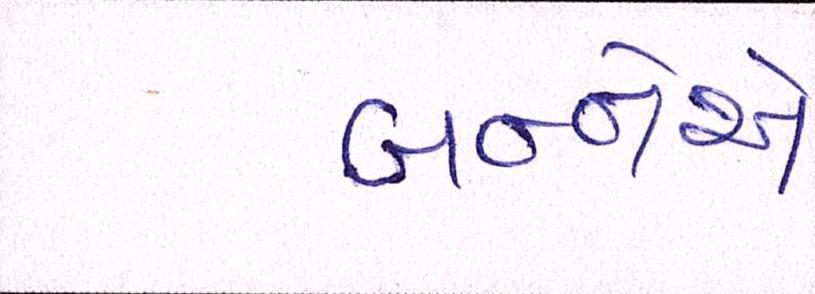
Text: બન્નેએ